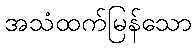
အသံထက်မြန်သော